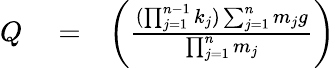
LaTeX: \begin{array}{rlr}{Q}&{{}=}&{\left(\frac{(\prod_{j=1}^{n-1}k_{j})\sum_{j=1}^{n}m_{j}g}{\prod_{j=1}^{n}m_{j}}\right)}\end{array}